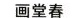
画堂春